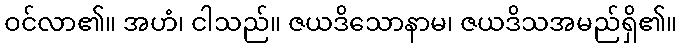
ဝင်လာ၏။ အဟံ၊ ငါသည်။ ဇယဒိသောနာမ၊ ဇယဒိသအမည်ရှိ၏။